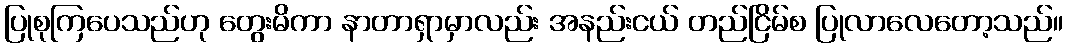
ပြုစုကြပေသည်ဟု တွေးမိကာ နာတာရှာမှာလည်း အနည်းငယ် တည်ငြိမ်စ ပြုလာလေတော့သည်။